Vaccine operations Central Provinces 1886-1899 - 1886-1899
Year: 1886
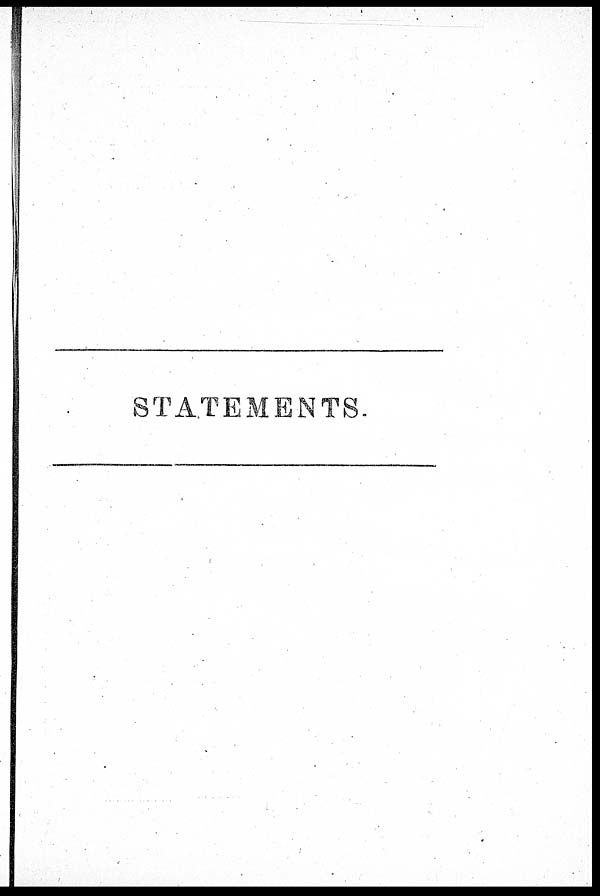
STATEMENTS.